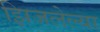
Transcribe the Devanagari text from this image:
झिजलेल्या